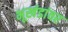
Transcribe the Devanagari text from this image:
भूखंडांवर